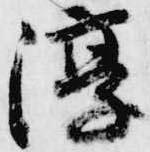
淳